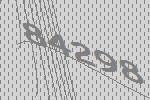
84298